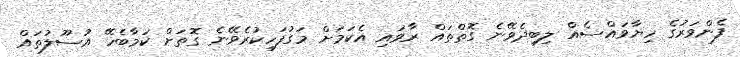
ފެންވަރުގެ ހިޔާވައްސެއް ލިބިދެވޭނެ ގޮތްތައް ރާވައި އެކަމަށް މަގުފަހިކުރެވޭނެ ގޮތަށް ކަމާބެހޭ އުސޫލުތައް